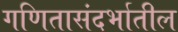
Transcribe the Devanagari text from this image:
गणितासंदर्भातील